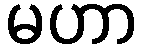
မဟာ